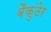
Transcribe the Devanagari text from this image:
बैकुंठेर